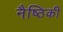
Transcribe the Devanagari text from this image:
नैष्ठिकी